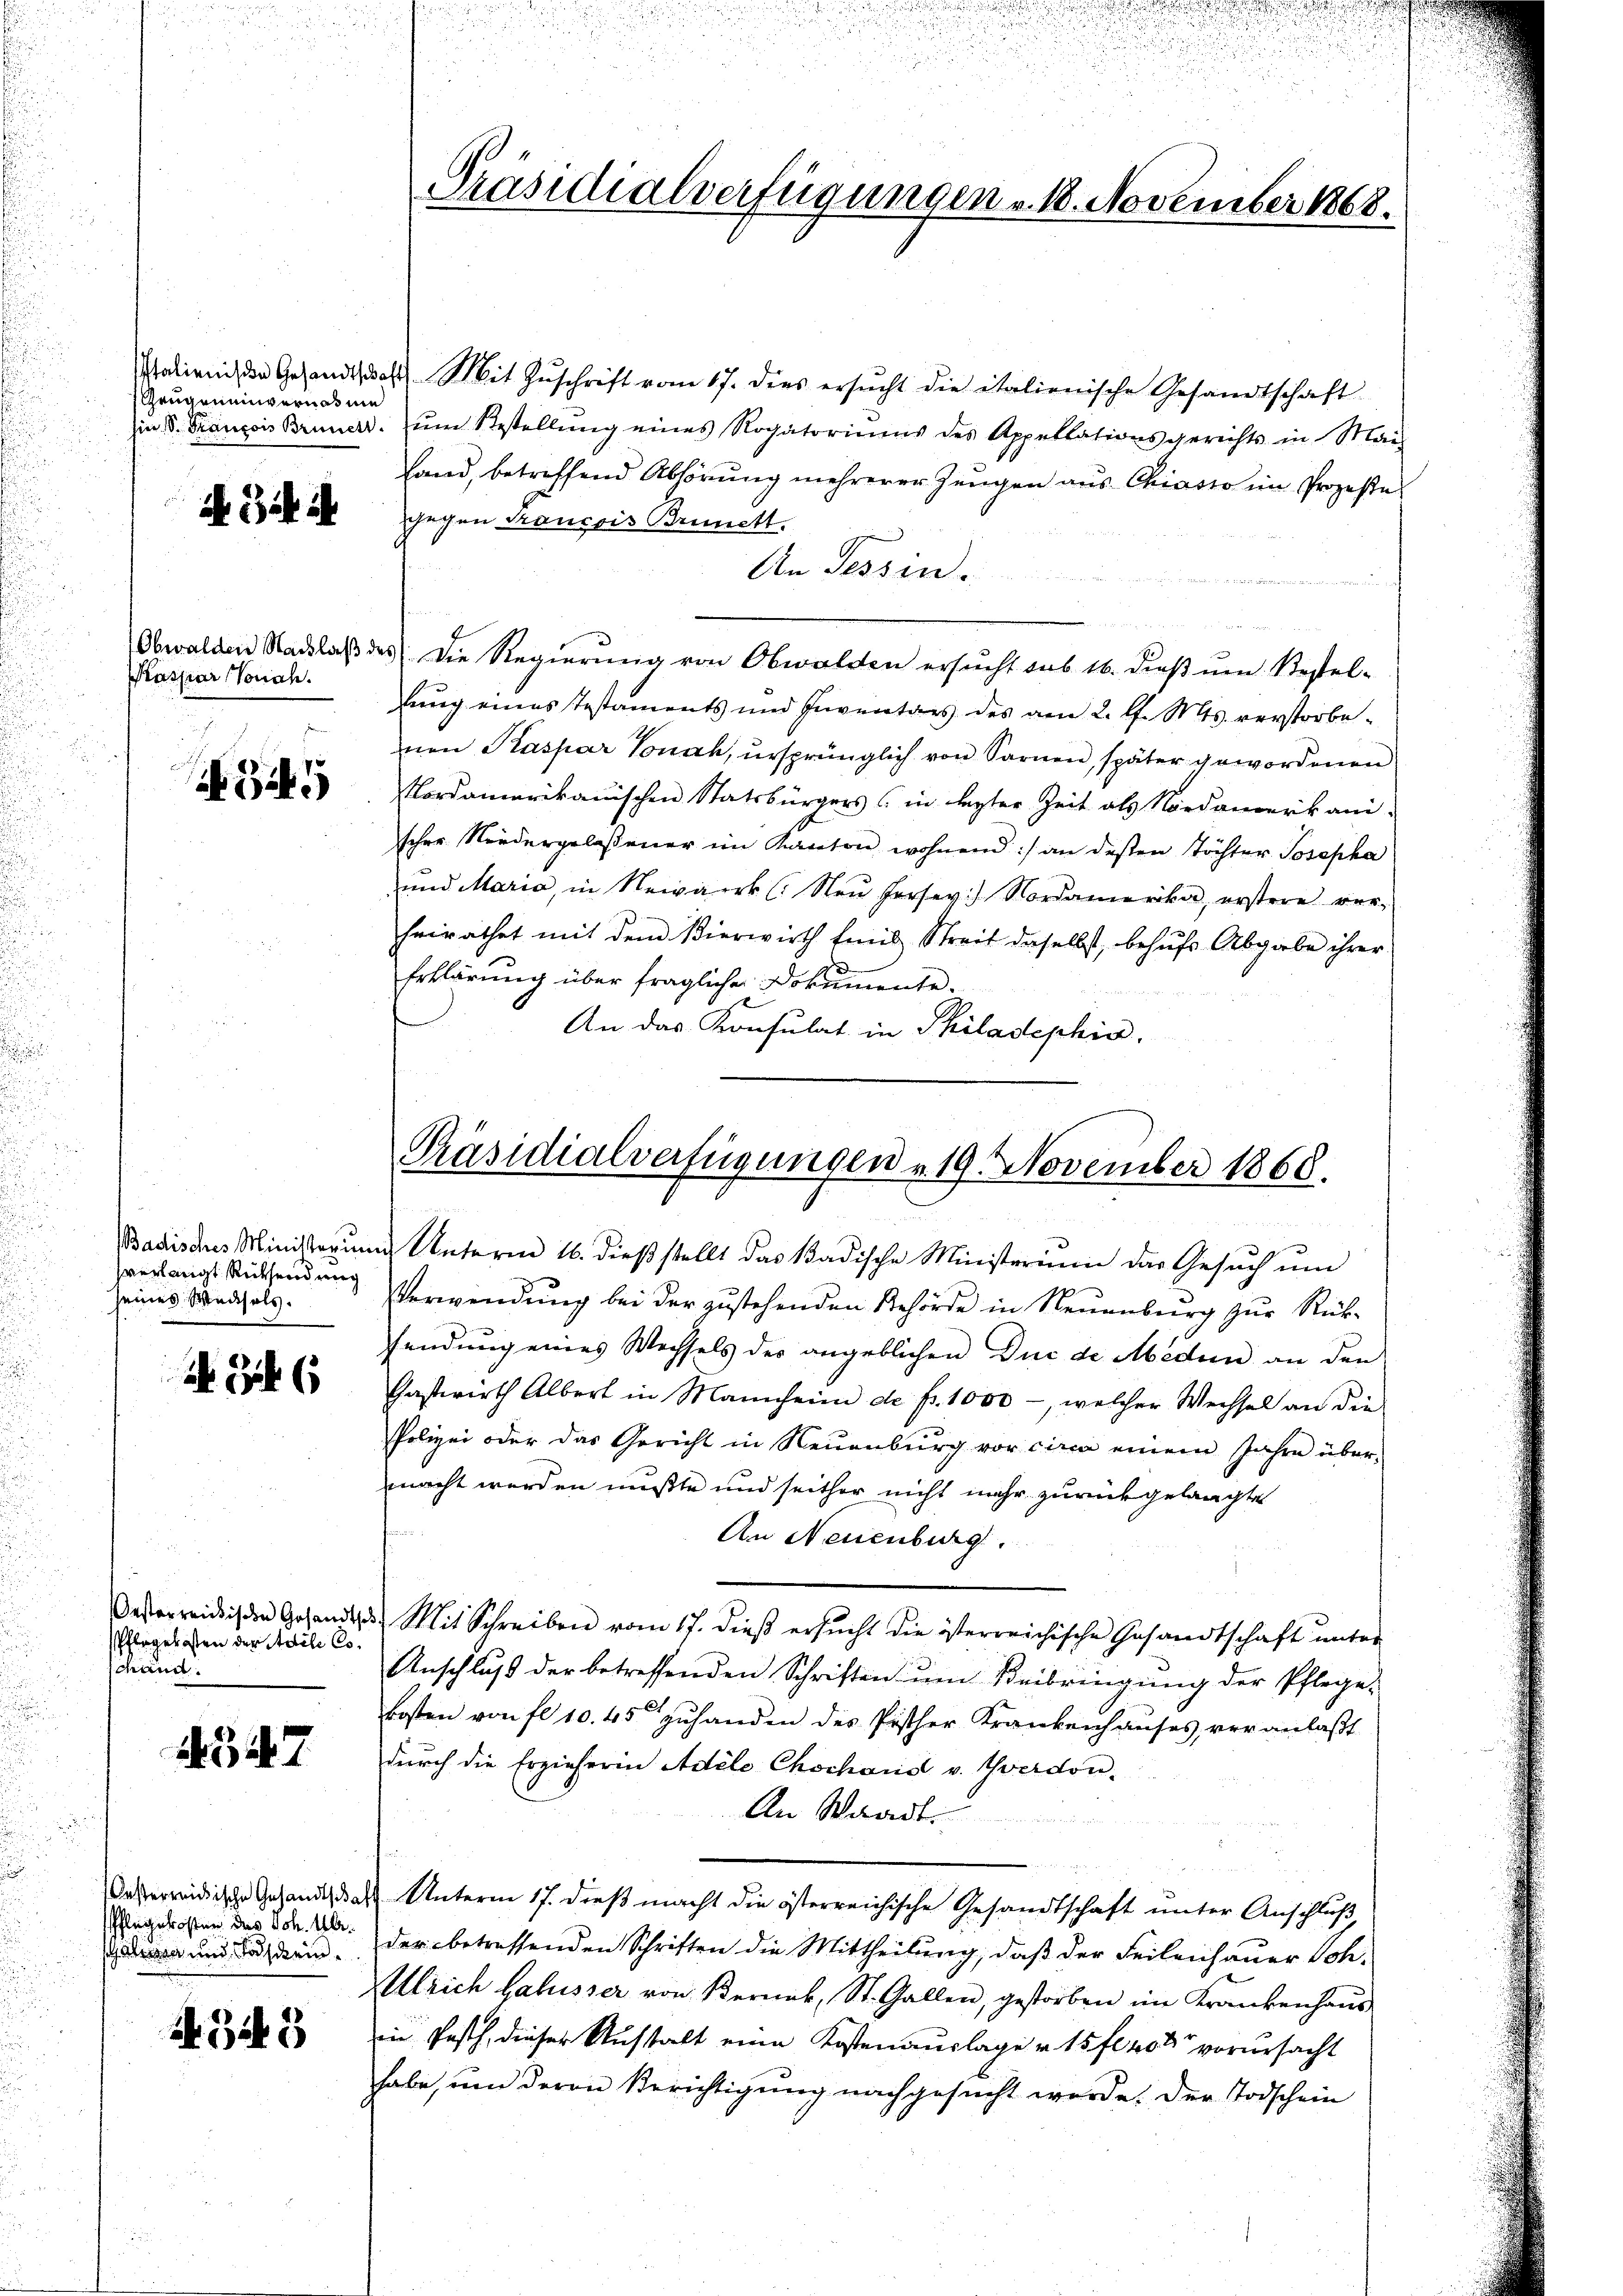
Grugeneinvernahme

Bch ih

Kaspar (Vondh.

verlangt Rüksendung
seines Weisels.

Pflegekosten der Adile Co
schänd

15. d. 7.

Pflegekosten des Joh. Ulr.
A und Taschein.

A.349

Walienisse Gesandt, das Mit Zŭschrift vom 17. dies ersŭcht die italienische Gesandtschaft
in d. Francois Bruner ŭm Bestellŭng eines Rogatoriŭms des Appellationsgerichts in Mai
fand, betreffend Abhörung mehrerer Zeugen aus Chiasso im Prozeße
gegen Traussis Brinett.
An Tessin.
Obwalden Nachlaβ des Die Regierŭng von Obwalden ersucht das 16. dieβ ŭm Bestel-
lung eines Testaments und Inventars des am 2. d. Mts. verstorbenen Kaspar Vonak, ursprünglich von Sarnen, später gewordenen
Nordamerikanischen Statsbürgers (in lezter Zeit als Nordamerikani-
scher Niedergelassener im Kanton wohnend :/ an desten Töchter Josepha
und Maria, in Newark (Neŭ Fersey: Nordamerika, erstere ver-
heirathet mit dem Vierwirth fiel Streit daselbst, behŭfs Abgabe ihrer
Erklärung über fraglicher Dokumente.
An das Konsulat in Philadephin,

Verwendung bei der zustehenden Behörde in Neuenburg zur Rücksendung eines Wechsels der angeblichen Duc de Meden an den
Gastwirth Albert in Mannheim de fr. 1000 -, welcher Wechsel an die
Polizei oder das Gericht in Neuenburg vor circa einem Jahre über-
macht werden mußte und seither nicht mehr zurückgelangte
An Neuenburg.
Oesterreichnis den Gesandts Mit Schreiben vom 17. dieβ ersŭcht die österreichische Gesandtschaft ŭnter
Anschlŭβ der betreffenden Schriften ŭm Beibringŭng der Pflege-
kosten von fl. 10. 45 zuhanden des Pischer Krankenhauses, veranlaßt
durch die Erzieherin Adele Chochanis v. Yverdon¬
An Waadt.
Casterreidische Gesandt das Unterm 17. dieβ macht die österreichische Gesandtschaft ŭnter Anschluß
der betreffenden Schriften die Mittheilung, daß der Feilenhauer Soh-
Alleich Halsser von Bernek, St. Gallen, gestorben im Krankenhaus
Die Posth, dieser Anstalt eine Kostenauslage v. 15 fl 408 vorursacht
habe, um deren Berichtigung nachgesucht werde. Der Todschein

Präsidialverfügungen v. 1. November 1868.

Präsidialverfügungen u. 19 November 1868.

Badisches Ministerum Unterm 16. dieß stellt das Badische Ministerium das Gesuch um